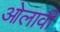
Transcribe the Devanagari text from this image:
ओलावी